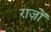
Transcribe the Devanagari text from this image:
राज़ों